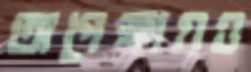
অপেক্ষায়ও